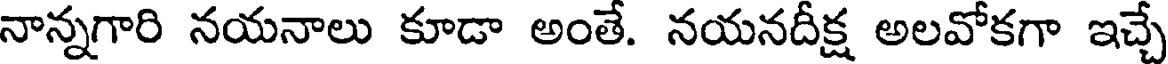
నాన్నగారి నయనాలు కూడా అంతే. నయనదీక్ష అలవోకగా ఇచ్చే